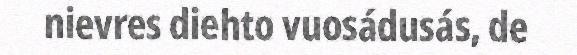
nievres diehto vuosádusás, de